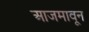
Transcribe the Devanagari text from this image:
आजमावून